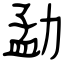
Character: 勐